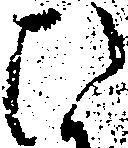
ひ